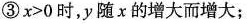
③$$x > 0$$时，y随x的增大而增大；